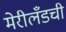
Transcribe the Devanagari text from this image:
मेरीलँडची